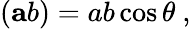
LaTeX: ({\mathbf ab})=ab\cos{\theta}~,